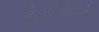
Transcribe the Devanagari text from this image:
बेल्लेविल्ले